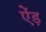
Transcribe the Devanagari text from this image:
ऐंड़